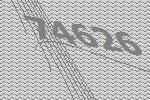
74626